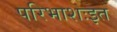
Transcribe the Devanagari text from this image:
परिभाशःइत